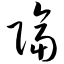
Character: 隔